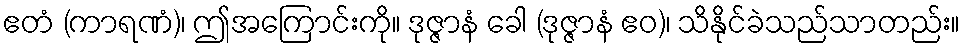
ဧတံ (ကာရဏံ)၊ ဤအကြောင်းကို။ ဒုဇ္ဇာနံ ခေါ (ဒုဇ္ဇာနံ ဧဝ)၊ သိနိုင်ခဲသည်သာတည်း။